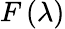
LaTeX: F\left(\lambda\right)